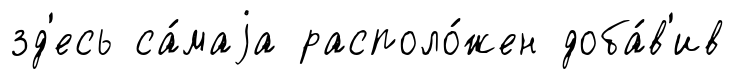
зд'есь са́маjа располо́жен доба́в'ив